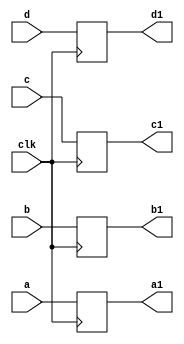
`timescale 1ns / 1ps
//////////////////////////////////////////////////////////////////////////////////
// Company: 
// Engineer: 
// 
// Design Name: 
// Module Name:    buf12 
// Project Name: 
// Target Devices: 
// Tool versions: 
// Description: 
//
// Dependencies: 
//
// Revision: 
// Revision 0.01 - File Created
// Additional Comments: 
//
//////////////////////////////////////////////////////////////////////////////////
module buf120(
    input [11:0] a,
    input [11:0] b,
    input [11:0] c,
    input [11:0] d,
    input clk,
    output reg [11:0] a1,
    output reg [11:0] b1,
    output reg [11:0] c1,
    output reg [11:0] d1
    );

always @(posedge clk) begin
a1<=a;
b1<=b;
c1<=c;
d1<=d;
end

endmodule